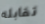
تقابله